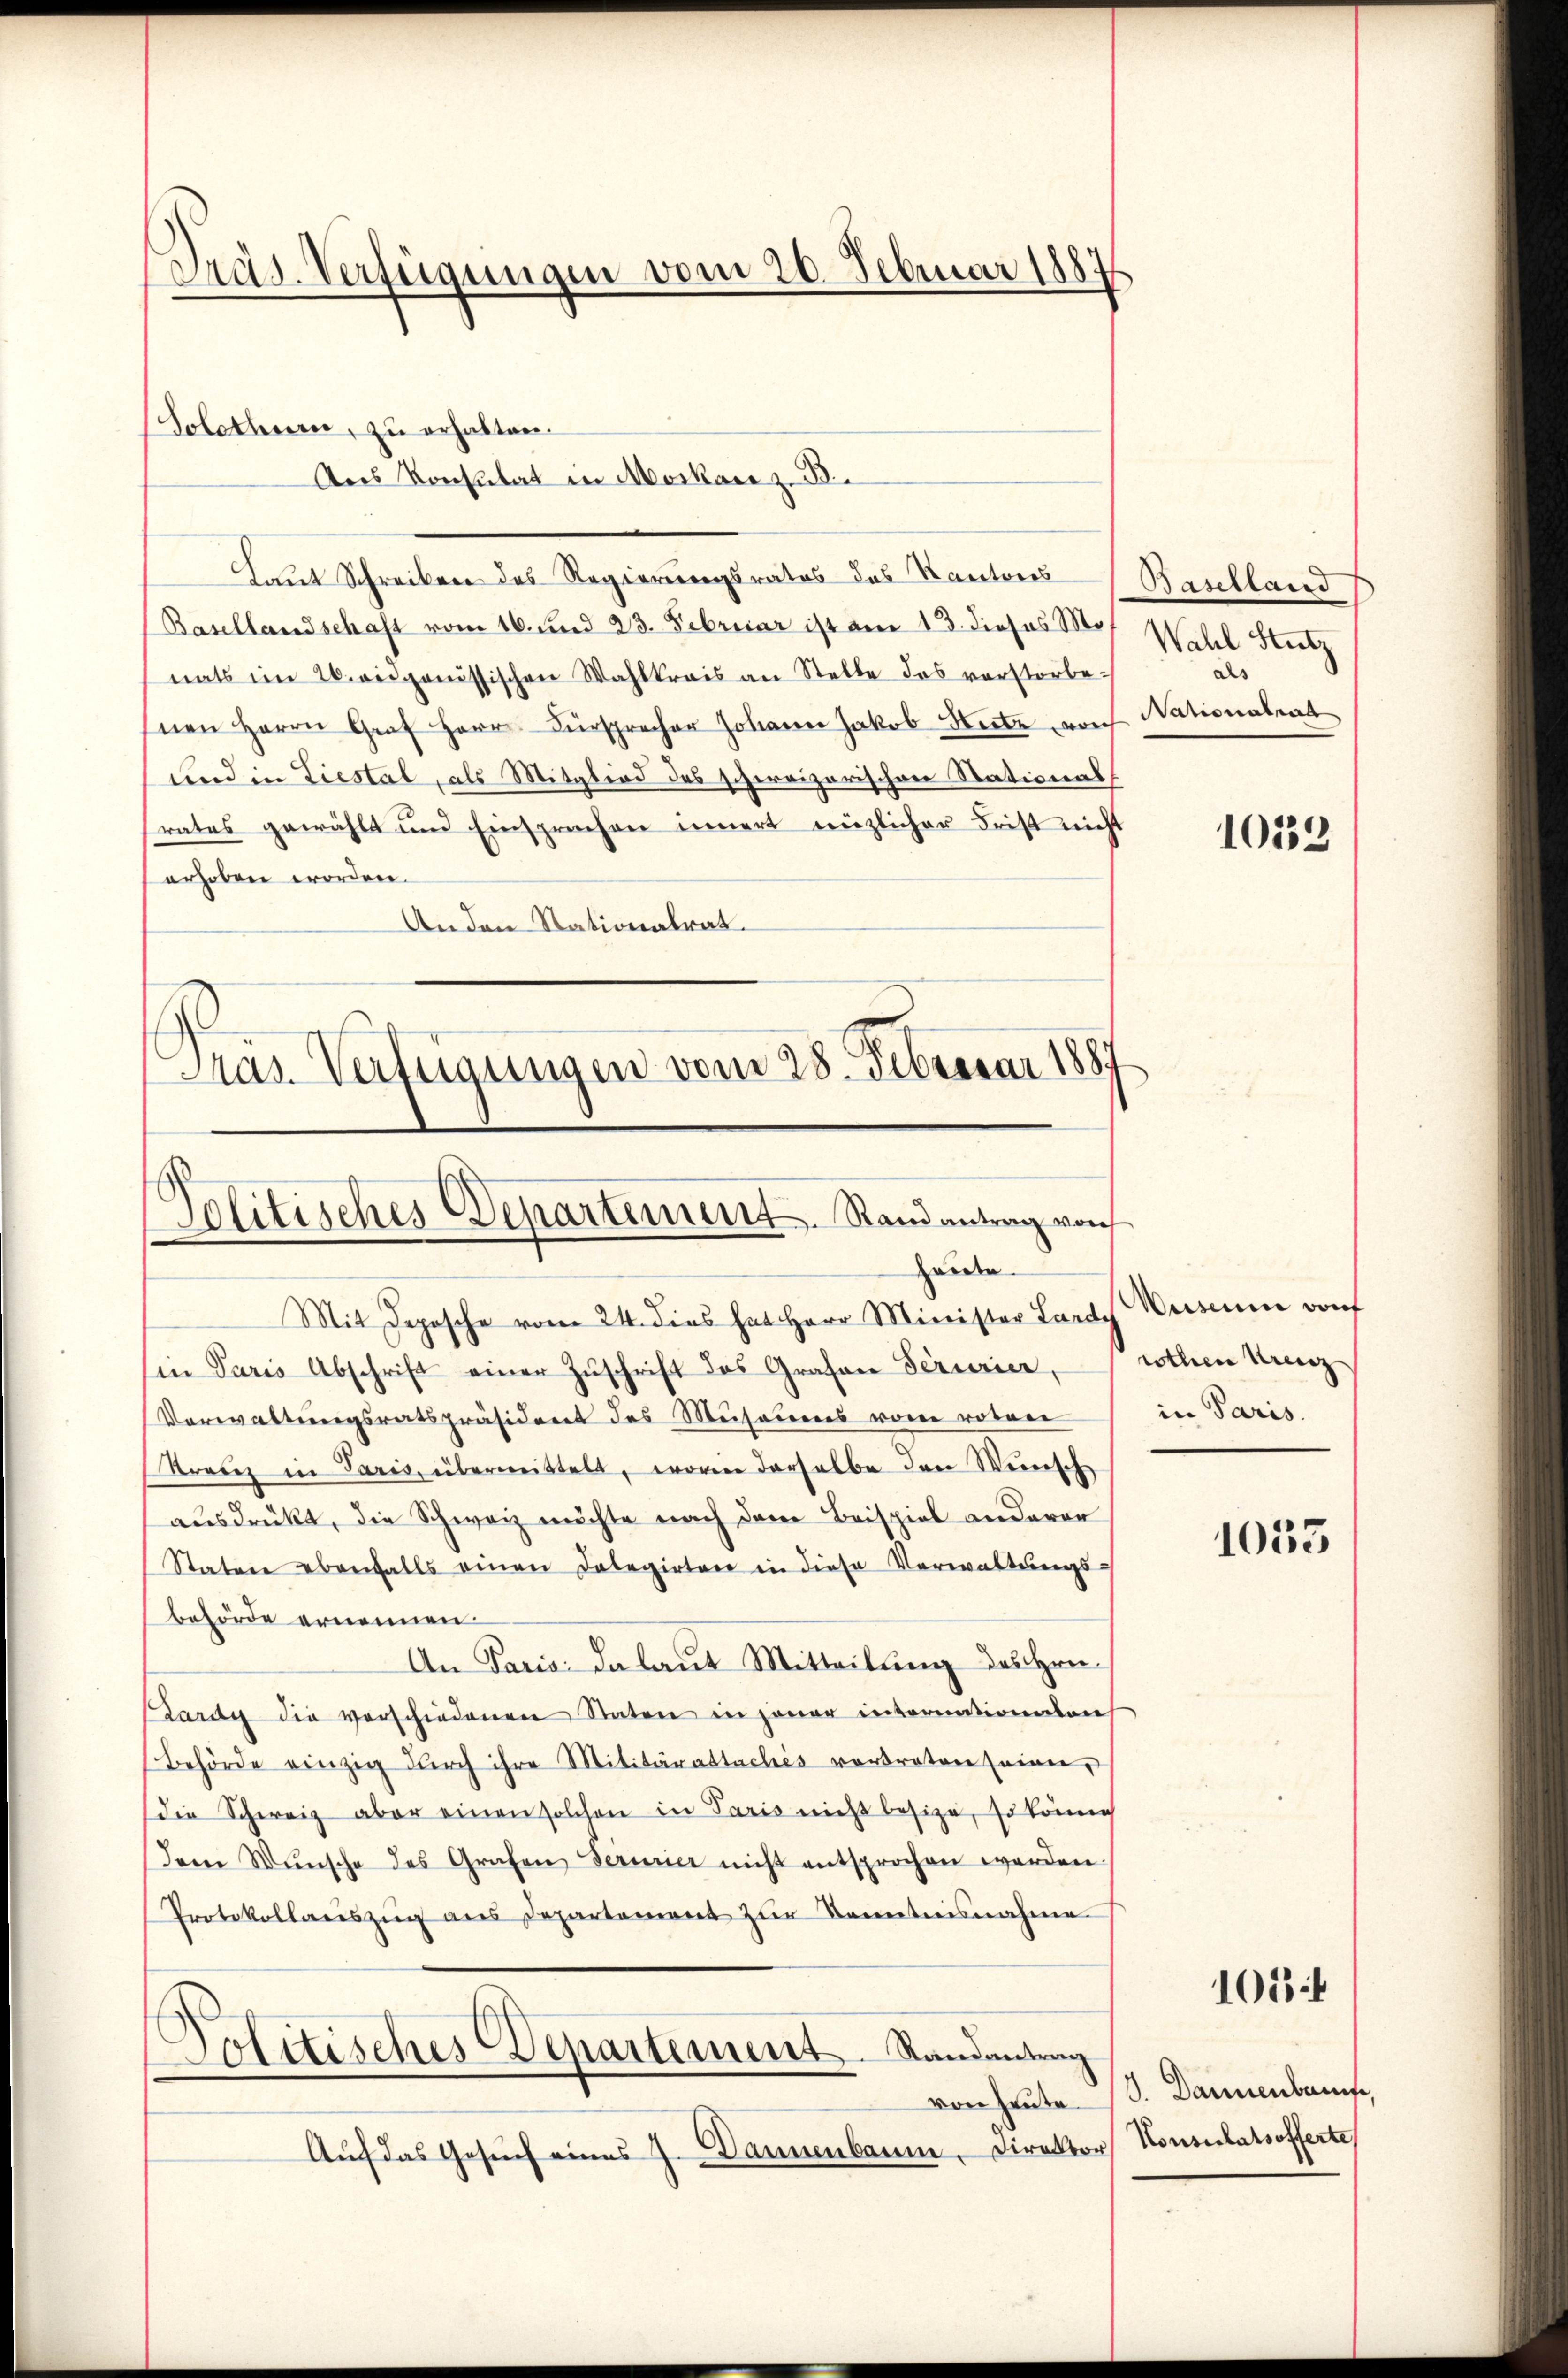
Präs. Verfügungen vom 20. Februar 1887

Solothurn, zu erhalten.
Ans Konsulat in Moskar z. B.

Gras Verfügungen vom 28. Februar 1887
Politisches Departement. Stand antrag von
Herden.
Mit Deposche vom 24. dies hat Herr Minister Lardy Wuseum dorf

Laut Schreiben des Regierungsrates des Kantons Baselland
Basellandschaft vom 16. und 23. Februar ist am 13. dieses Mo
nats im 26. eidgenössischen Wahlkreis an Stelle des verstorbe-
nen Herrn Graf Herrn Fürsprecher Johann Jakob Seite vorh
und in Liestal, als Mitglied des schweizerischen Stationalrates gewählt und Einsprechen innert rüzlicher Frist nicht
erhoben worden.
Anden Stationalrat.

Ein Paris Abschrift einer Zŭschrift des Grafen Terrier, rothen Urenz
Vorwaltungsratspräsident des Musarens von roten
Kranz in Paris, übermittelt, worin derselbe den Weinsch
ausdrückt, die Schweiz möchte nach dem Beispiel anderer
Stature ebenfalls einen Delegirten in diese Verwaltŭngs-
behörde ernennen
An Paris; da laut Mitteilung des Hrn.
Bardy die verschiedenen Staten in jener internationen
Behörde einzig dŭrch ihre Militärattaches vordreten seien,
die Schweiz aber einen solchen in Paris nicht besize, so könne
dem Wünsche des Grafen Termier nicht entsprochen werden.
Protokollauszug aus Departement zur Kenntnisnahme
Politisches Departement. Randantrag
von heute.
Aŭf das Gesŭch eines J. Danenbaum, Direktor Konsulatsofferte

Wahl Stutz
als
Nationalraa

10133

in Paris.

1053

105

9. Dannenbaute,